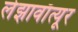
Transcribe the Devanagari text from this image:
लेझावाँत्यूर